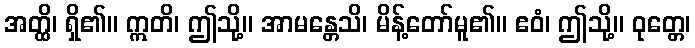
အတ္ထိ၊ ရှိ၏။ ဣတိ၊ ဤသို့။ အာမန္တေသိ၊ မိန့်တော်မူ၏။ ဧဝံ၊ ဤသို့။ ဝုတ္တေ၊